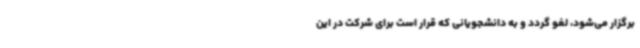
برگزار می‌شود، لغو گردد و به دانشجویانی که قرار است برای شرکت در این